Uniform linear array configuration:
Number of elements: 32
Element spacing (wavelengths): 0.75
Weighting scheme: hann
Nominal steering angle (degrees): -45
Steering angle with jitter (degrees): -45.892
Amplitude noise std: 0.05
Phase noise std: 0.05

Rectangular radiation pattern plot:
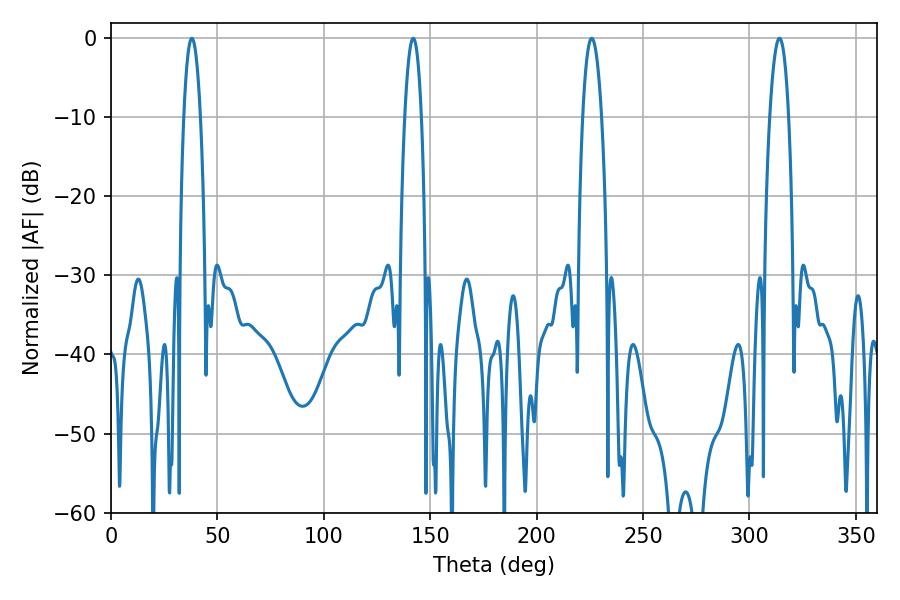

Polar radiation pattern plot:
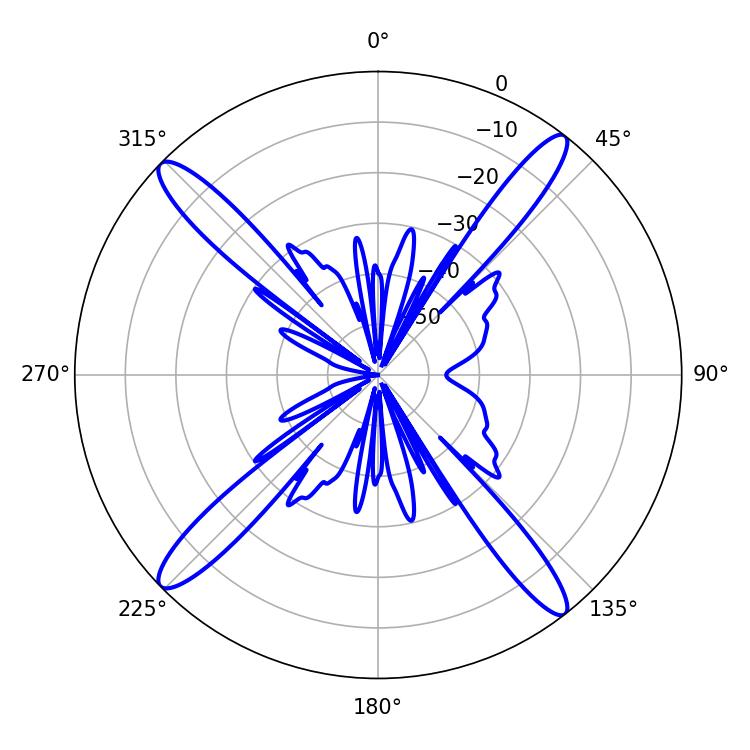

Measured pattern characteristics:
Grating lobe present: TRUE
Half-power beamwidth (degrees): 4.32
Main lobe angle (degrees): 37.98